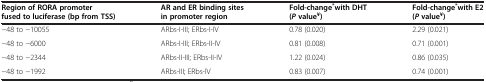
<table><thead><tr><td><b>Region of RORA promoter fused to luciferase (bp from TSS)</b></td><td><b>AR and ER binding sites in promoter region</b></td><td><b>Fold-change<sup>*</sup>with DHT (<i>P </i>value<sup>¥</sup>)</b></td><td><b>Fold-change<sup>*</sup>with E2 (<i>P </i>value<sup>¥</sup>)</b></td></tr></thead><tbody><tr><td>−48 to −10055</td><td>ARbs-I-III; ERbs-I-IV</td><td>0.78 (0.020)</td><td>2.29 (0.021)</td></tr><tr><td>−48 to −6000</td><td>ARbs-I-III; ERbs-II-IV</td><td>0.81 (0.008)</td><td>0.71 (0.001)</td></tr><tr><td>−48 to −2344</td><td>ARbs-II-III; ERbs-II-IV</td><td>1.22 (0.024)</td><td>0.86 (0.035)</td></tr><tr><td>−48 to −1992</td><td>ARbs-III; ERbs-IV</td><td>0.83 (0.007)</td><td>0.74 (0.001)</td></tr></tbody></table>